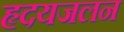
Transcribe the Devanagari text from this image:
हृदयजलन